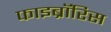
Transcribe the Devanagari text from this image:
फाइब्रॉरिस